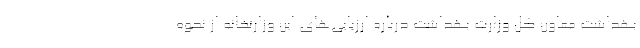
بهداشت معاون کل وزارت بهداشت درباره ارزیابی‌های این وزارتخانه از نحوه